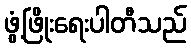
ဖွံ့ဖြိုးရေးပါတီသည်